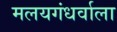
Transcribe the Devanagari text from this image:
मलयगंधर्वाला